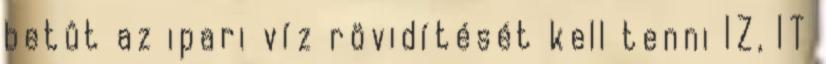
betût az ipari víz rövidítését kell tenni IZ, IT